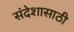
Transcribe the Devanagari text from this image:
संदेशासाठी